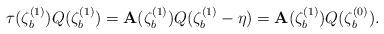
LaTeX: \begin{align*}\tau (\zeta _{b}^{(1)})Q(\zeta _{b}^{(1)})=\mathbf{A}(\zeta _{b}^{(1)})Q(\zeta _{b}^{(1)}-\eta )=\mathbf{A}(\zeta_{b}^{(1)})Q(\zeta _{b}^{(0)}).\end{align*}